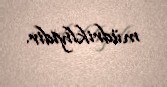
müdrikliyidir.